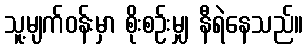
သူ့မျက်ဝန်းမှာ စိုးစဉ်းမျှ နီရဲနေသည်။